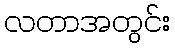
လတာအတွင်း